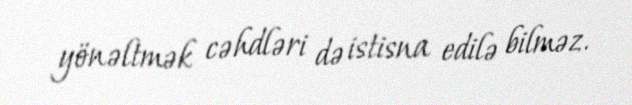
yönəltmək cəhdləri də istisna edilə bilməz.